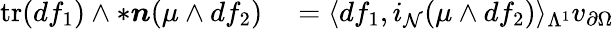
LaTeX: \begin{array}{rl}{\mathrm{tr}(df_{1})\wedge\ast\boldsymbol{n}(\mu\wedge df_{2})}&{{}=\langle df_{1},i_{\mathcal{N}}(\mu\wedge df_{2})\rangle_{\Lambda^{1}}v_{\partial\Omega}}\end{array}